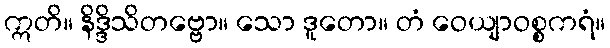
ဣတိ။ နိဒ္ဒိသိတဗ္ဗော။ သော ဒူတော။ တံ ဝေယျာဝစ္စကရံ။